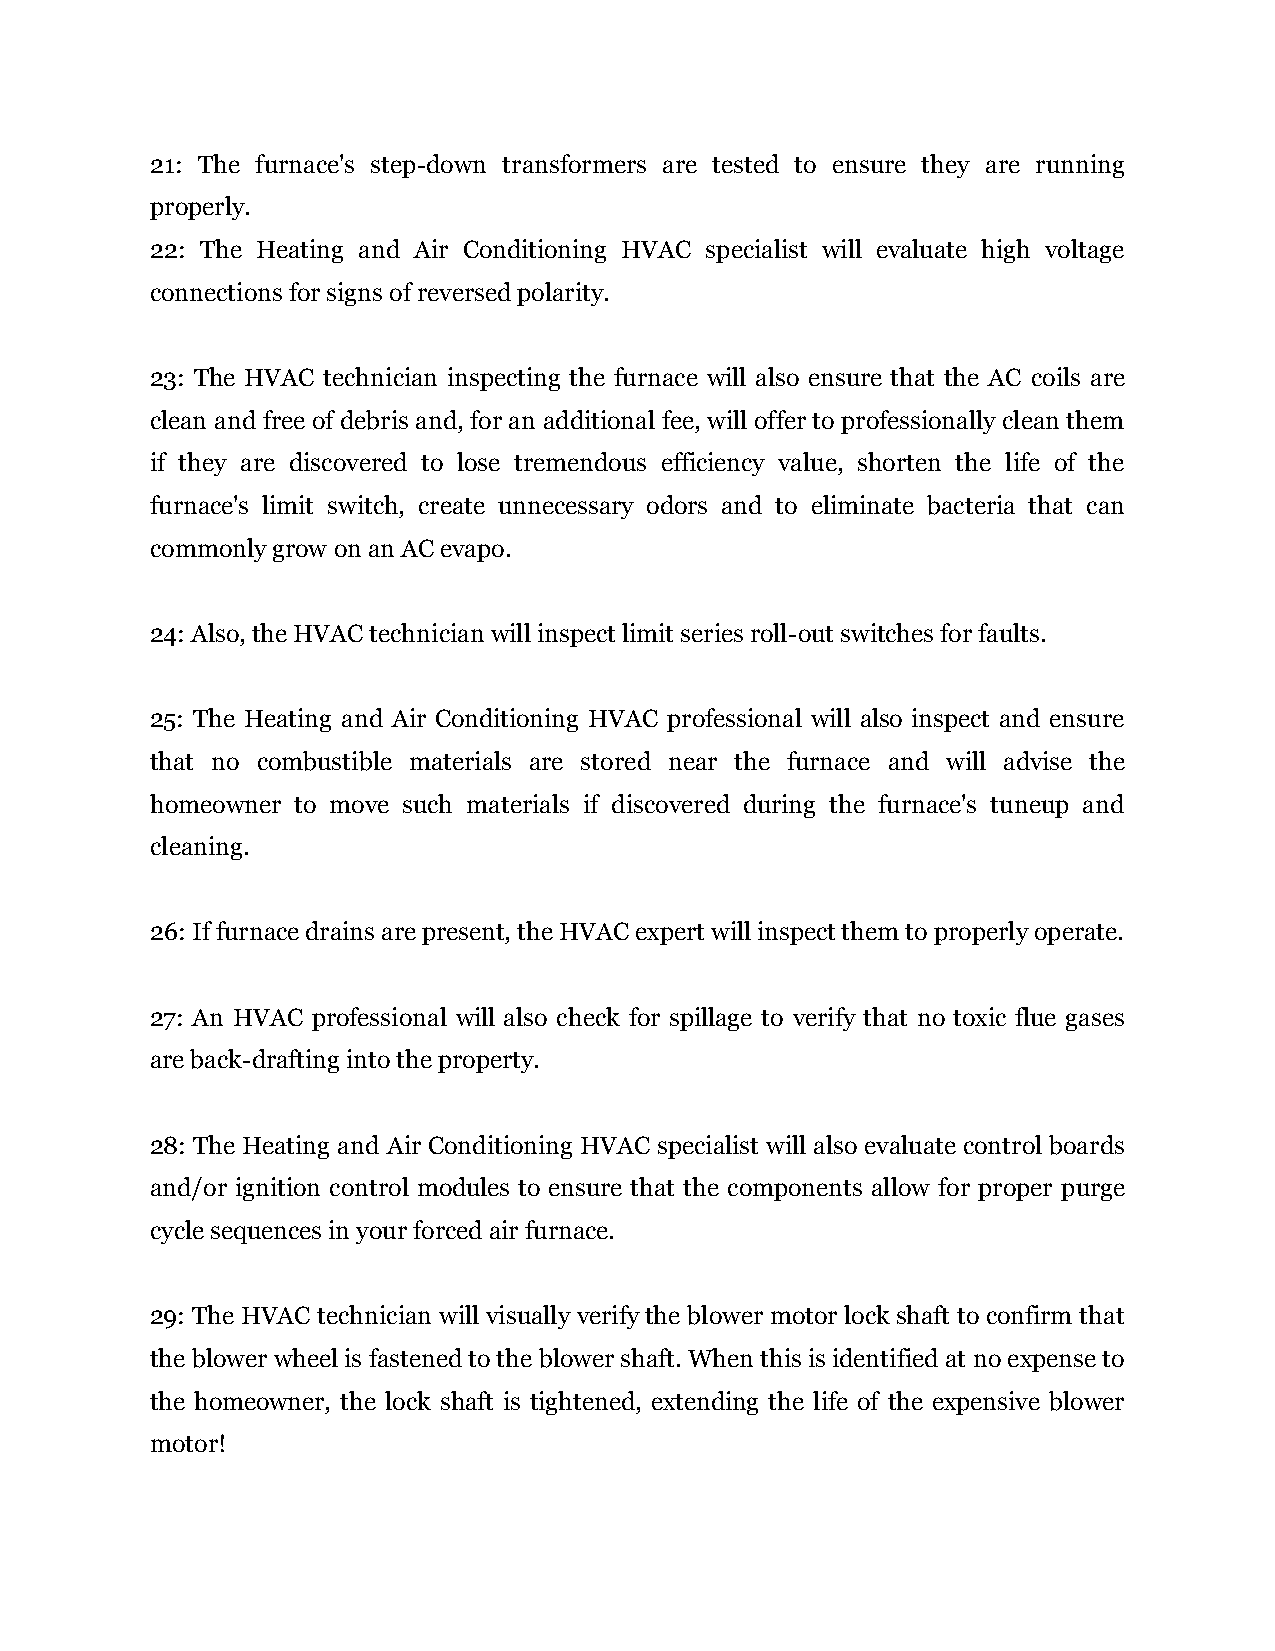
21: The furnace's step-down transformers are tested to ensure they are running
 properly.
 22: The Heating and Air Conditioning HVAC specialist will evaluate high voltage
 connections for signs of reversed polarity.
 23: The HVAC technician inspecting the furnace will also ensure that the AC coils are
 clean and free of debris and, for an additional fee, will offer to professionally clean them
 if they are discovered to lose tremendous efficiency value, shorten the life of the
 furnace's limit switch, create unnecessary odors and to eliminate bacteria that can
 commonly grow on an AC evapo.
 24: Also, the HVAC technician will inspect limit series roll-out switches for faults.
 25: The Heating and Air Conditioning HVAC professional will also inspect and ensure
 that no combustible materials are stored near the furnace and will advise the
 homeowner to move such materials if discovered during the furnace's tuneup and
 cleaning.
 26: If furnace drains are present, the HVAC expert will inspect them to properly operate.
 27: An HVAC professional will also check for spillage to verify that no toxic flue gases
 are back-drafting into the property.
 28: The Heating and Air Conditioning HVAC specialist will also evaluate control boards
 and/or ignition control modules to ensure that the components allow for proper purge
 cycle sequences in your forced air furnace.
 29: The HVAC technician will visually verify the blower motor lock shaft to confirm that
 the blower wheel is fastened to the blower shaft. When this is identified at no expense to
 the homeowner, the lock shaft is tightened, extending the life of the expensive blower
 motor!